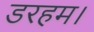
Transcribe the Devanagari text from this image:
डरहम।